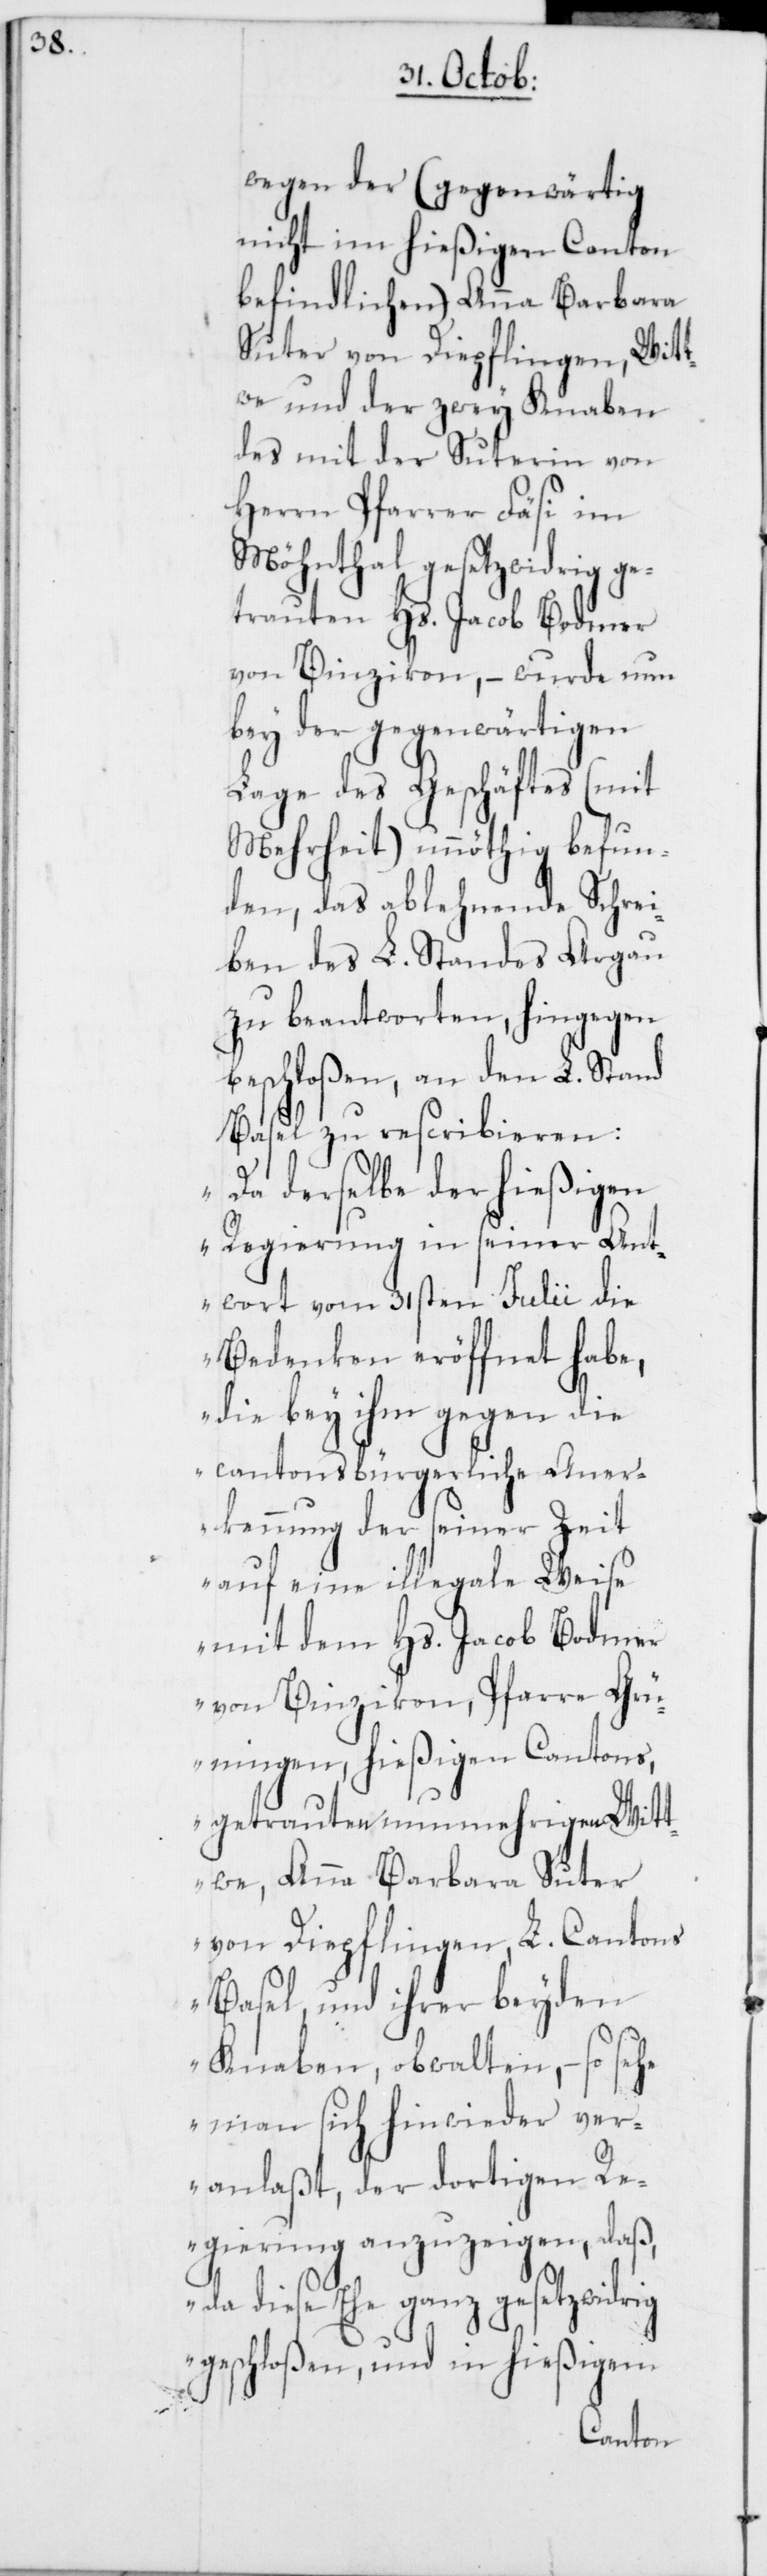
wegen der (gegenwärtig
nicht im hießigen Canton
befindlichen) Anna Barbara
Suter von Diepflingen, Wit¬
twe und der zwey Knaben
des mit der Suterin von
Herrn Pfarrer Fäsi im
Möhnthal gesetzwidrig ge¬
trauten Hs. Jacob Bodmer
von Binzikon, – wurde nun
bey der gegenwärtigen
Lage des Geschäftes (mit
Mehrheit) unnöthig befun¬
den, das ablehnende Schrei¬
ben des L. Standes Argau
zu beantworten, hingegen
beschloßen, an den L. Stand
Basel zu rescribieren:
„Da derselbe der hießigen
Regierung in seiner Ant¬
wort vom 31sten Julii die
Bedenken eröffnet habe,
die bey ihm gegen die
cantonsbürgerliche Aner¬
kennung der seiner Zeit
auf eine illegale Weise
mit dem Hs. Jacob Bodmer
von Binzikon, Pfarre Grü¬
ningen, hießigen Cantons,
getrauten nunmehrigen Witt¬
we, Anna Barbara Suter
von Diepflingen, L. Cantons
Basel, und ihrer beyden
Knaben, obwalten, – so sehe
man sich hinwieder ver¬
anlaßt, der dortigen Re¬
gierung anzuzeigen, daß,
da diese Ehe ganz gesetzwidrig
geschloßen, und in hießigem